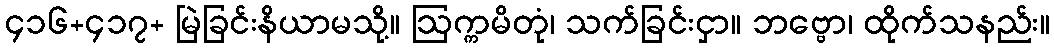
၄၁၆+၄၁၇+ မြဲခြင်းနိယာမသို့။ ဩက္ကမိတုံ၊ သက်ခြင်းငှာ။ ဘဗ္ဗော၊ ထိုက်သနည်း။